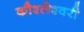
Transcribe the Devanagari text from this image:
कौश्लेश्वरी